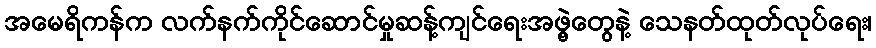
အမေရိကန်က လက်နက်ကိုင်ဆောင်မှုဆန့်ကျင်ရေးအဖွဲ့တွေနဲ့ သေနတ်ထုတ်လုပ်ရေး၊